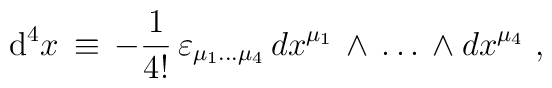
\mbox{d}^4 x \, \equiv \, -{{1}\over{4!}} \, \varepsilon_{\mu_1\dots\mu_4} \, dx^{\mu_1} \, \wedge \, \dots \, \wedge dx^{\mu_{4}}\ ,